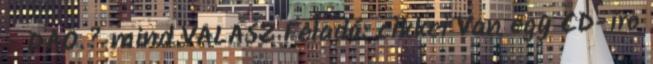
- DAO.? mind VÁLASZ Feladó: cikkei Van egy CD-iro